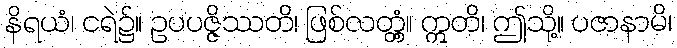
နိရယံ၊ ငရဲ၌။ ဥပပဇ္ဇိဿတိ၊ ဖြစ်လတ္တံ့။ ဣတိ၊ ဤသို့။ ပဇာနာမိ၊